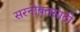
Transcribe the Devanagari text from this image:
सरनोबतसाठी